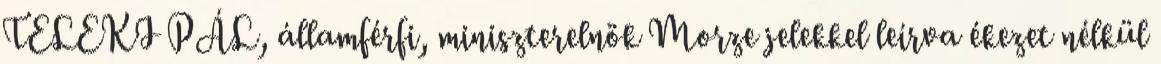
TELEKI PÁL, államférfi, miniszterelnök Morze jelekkel leírva ékezet nélkül